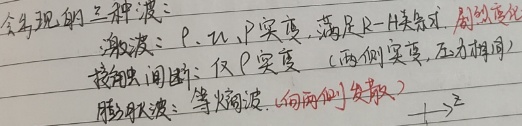
会出现的三种波：
激波：$\rho$、$u$、$P$突变，满足R - H关系，剧烈变化。
接触间断：仅$\rho$突变（两侧突变，互不相同）。
膨胀波：等熵波，(向两侧“发散”) $\longrightarrow$